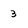
Character: 3